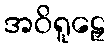
အဝိရူဠှေ